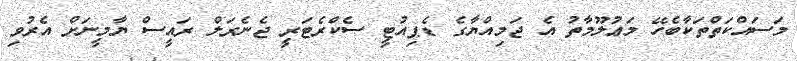
މަސައްކަތްތަކާބެހޭ މަޢުލޫމާތު އެ ޖަމިއްޔާގެ ޑެޕިއުޓީ ސެކްރެޓަރީ ޖެނެރަލް ރައީސް ޔާމީނަށް އެރުވި